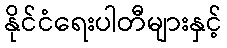
နိုင်ငံရေးပါတီများနှင့်